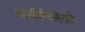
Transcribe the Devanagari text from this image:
शल्यचिकित्सेसाठी